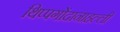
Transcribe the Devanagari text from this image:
थिप्पगोंदानाहल्ली